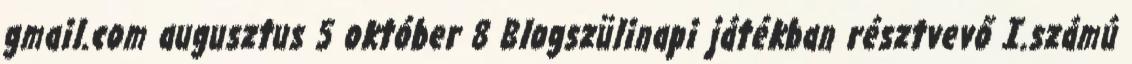
gmail.com augusztus 5 október 8 Blogszülinapi játékban résztvevő I.számú